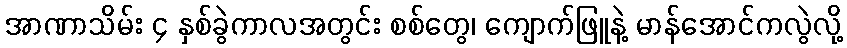
အာဏာသိမ်း ၄ နှစ်ခွဲကာလအတွင်း စစ်တွေ၊ ကျောက်ဖြူနဲ့ မာန်အောင်ကလွဲလို့